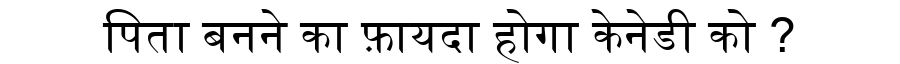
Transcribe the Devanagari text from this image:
पिता बनने का फ़ायदा होगा केनेडी को ?